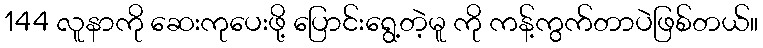
144 လူနာကို ဆေးကုပေးဖို့ ပြောင်းရွေ့တဲ့မူ ကို ကန့်ကွက်တာပဲဖြစ်တယ်။